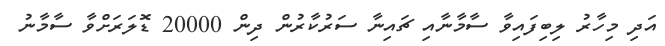
އަދި މިހާރު ލިބިފައިވާ ސާމާނާއި ޗައިނާ ސަރުކާރުން ދިން 20000 ޑޮލަރަށްވާ ސާމާނު